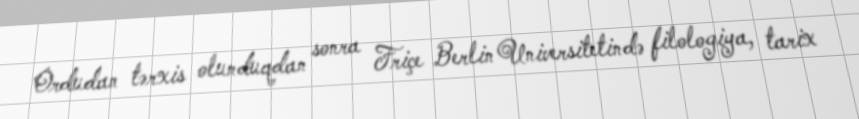
Ordudan tərxis olunduqdan sonra Friçe Berlin Universitetində filologiya, tarix